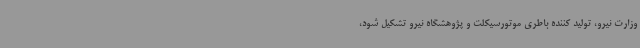
وزارت نیرو، تولید کننده باطری موتورسیکلت و پژوهشگاه نیرو تشکیل شود،